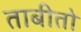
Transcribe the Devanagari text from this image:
ताबीतो